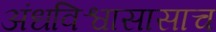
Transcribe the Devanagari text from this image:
अंधविश्वासासाच